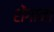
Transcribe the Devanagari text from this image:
शेंगाना